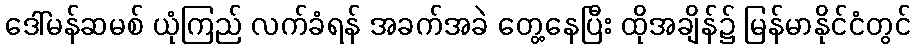
ဒေါ်မန်ဆမစ် ယုံကြည် လက်ခံရန် အခက်အခဲ တွေ့နေပြီး ထိုအချိန်၌ မြန်မာနိုင်ငံတွင်